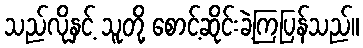
သည်လိုနှင့် သူတို့ စောင့်ဆိုင်းခဲ့ကြပြန်သည်။